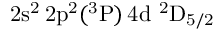
\mathrm { 2 s ^ { 2 } \, 2 p ^ { 2 } ( ^ { 3 } P ) \, 4 d ~ ^ { 2 } D _ { 5 / 2 } }